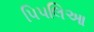
પિપલિઆ